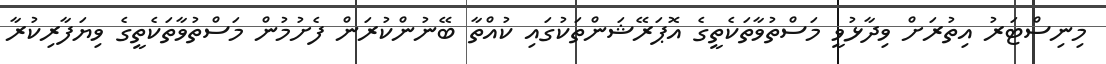
މިނިސްޓަރު އިތުރަށް ވިދާޅުވީ މަސްތުވާތަކެތީގެ އޮޕަރޭޝަންތަކުގައި ކުއްތާ ބޭނުންކުރަން ފެށުމުން މަސްތުވާތަކެތީގެ ވިޔަފާރިކުރާ